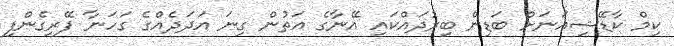
ކިމް ކާޑޭޝިއަނަށް ބަޑިން ބިރުދައްކައި އޭނާގެ އަތުން ގިނަ އަދަދެއްގެ ގަހަނާ ފޭރިގެންފި